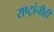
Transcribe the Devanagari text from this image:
राष्ट्रांनीही